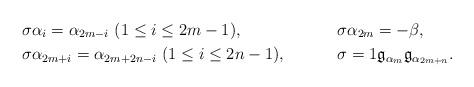
LaTeX: \begin{align*}&\sigma\alpha_{i}=\alpha_{2m-i}\ (1\leq i\leq 2m-1), &&\sigma\alpha_{2m}=-\beta,\\&\sigma\alpha_{2m+i}=\alpha_{2m+2n-i}\ (1\leq i\leq 2n-1), &&\sigma=1\frak{g}_{\alpha_m}\frak{g}_{\alpha_{2m+n}}.\end{align*}